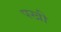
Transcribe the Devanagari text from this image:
पखी